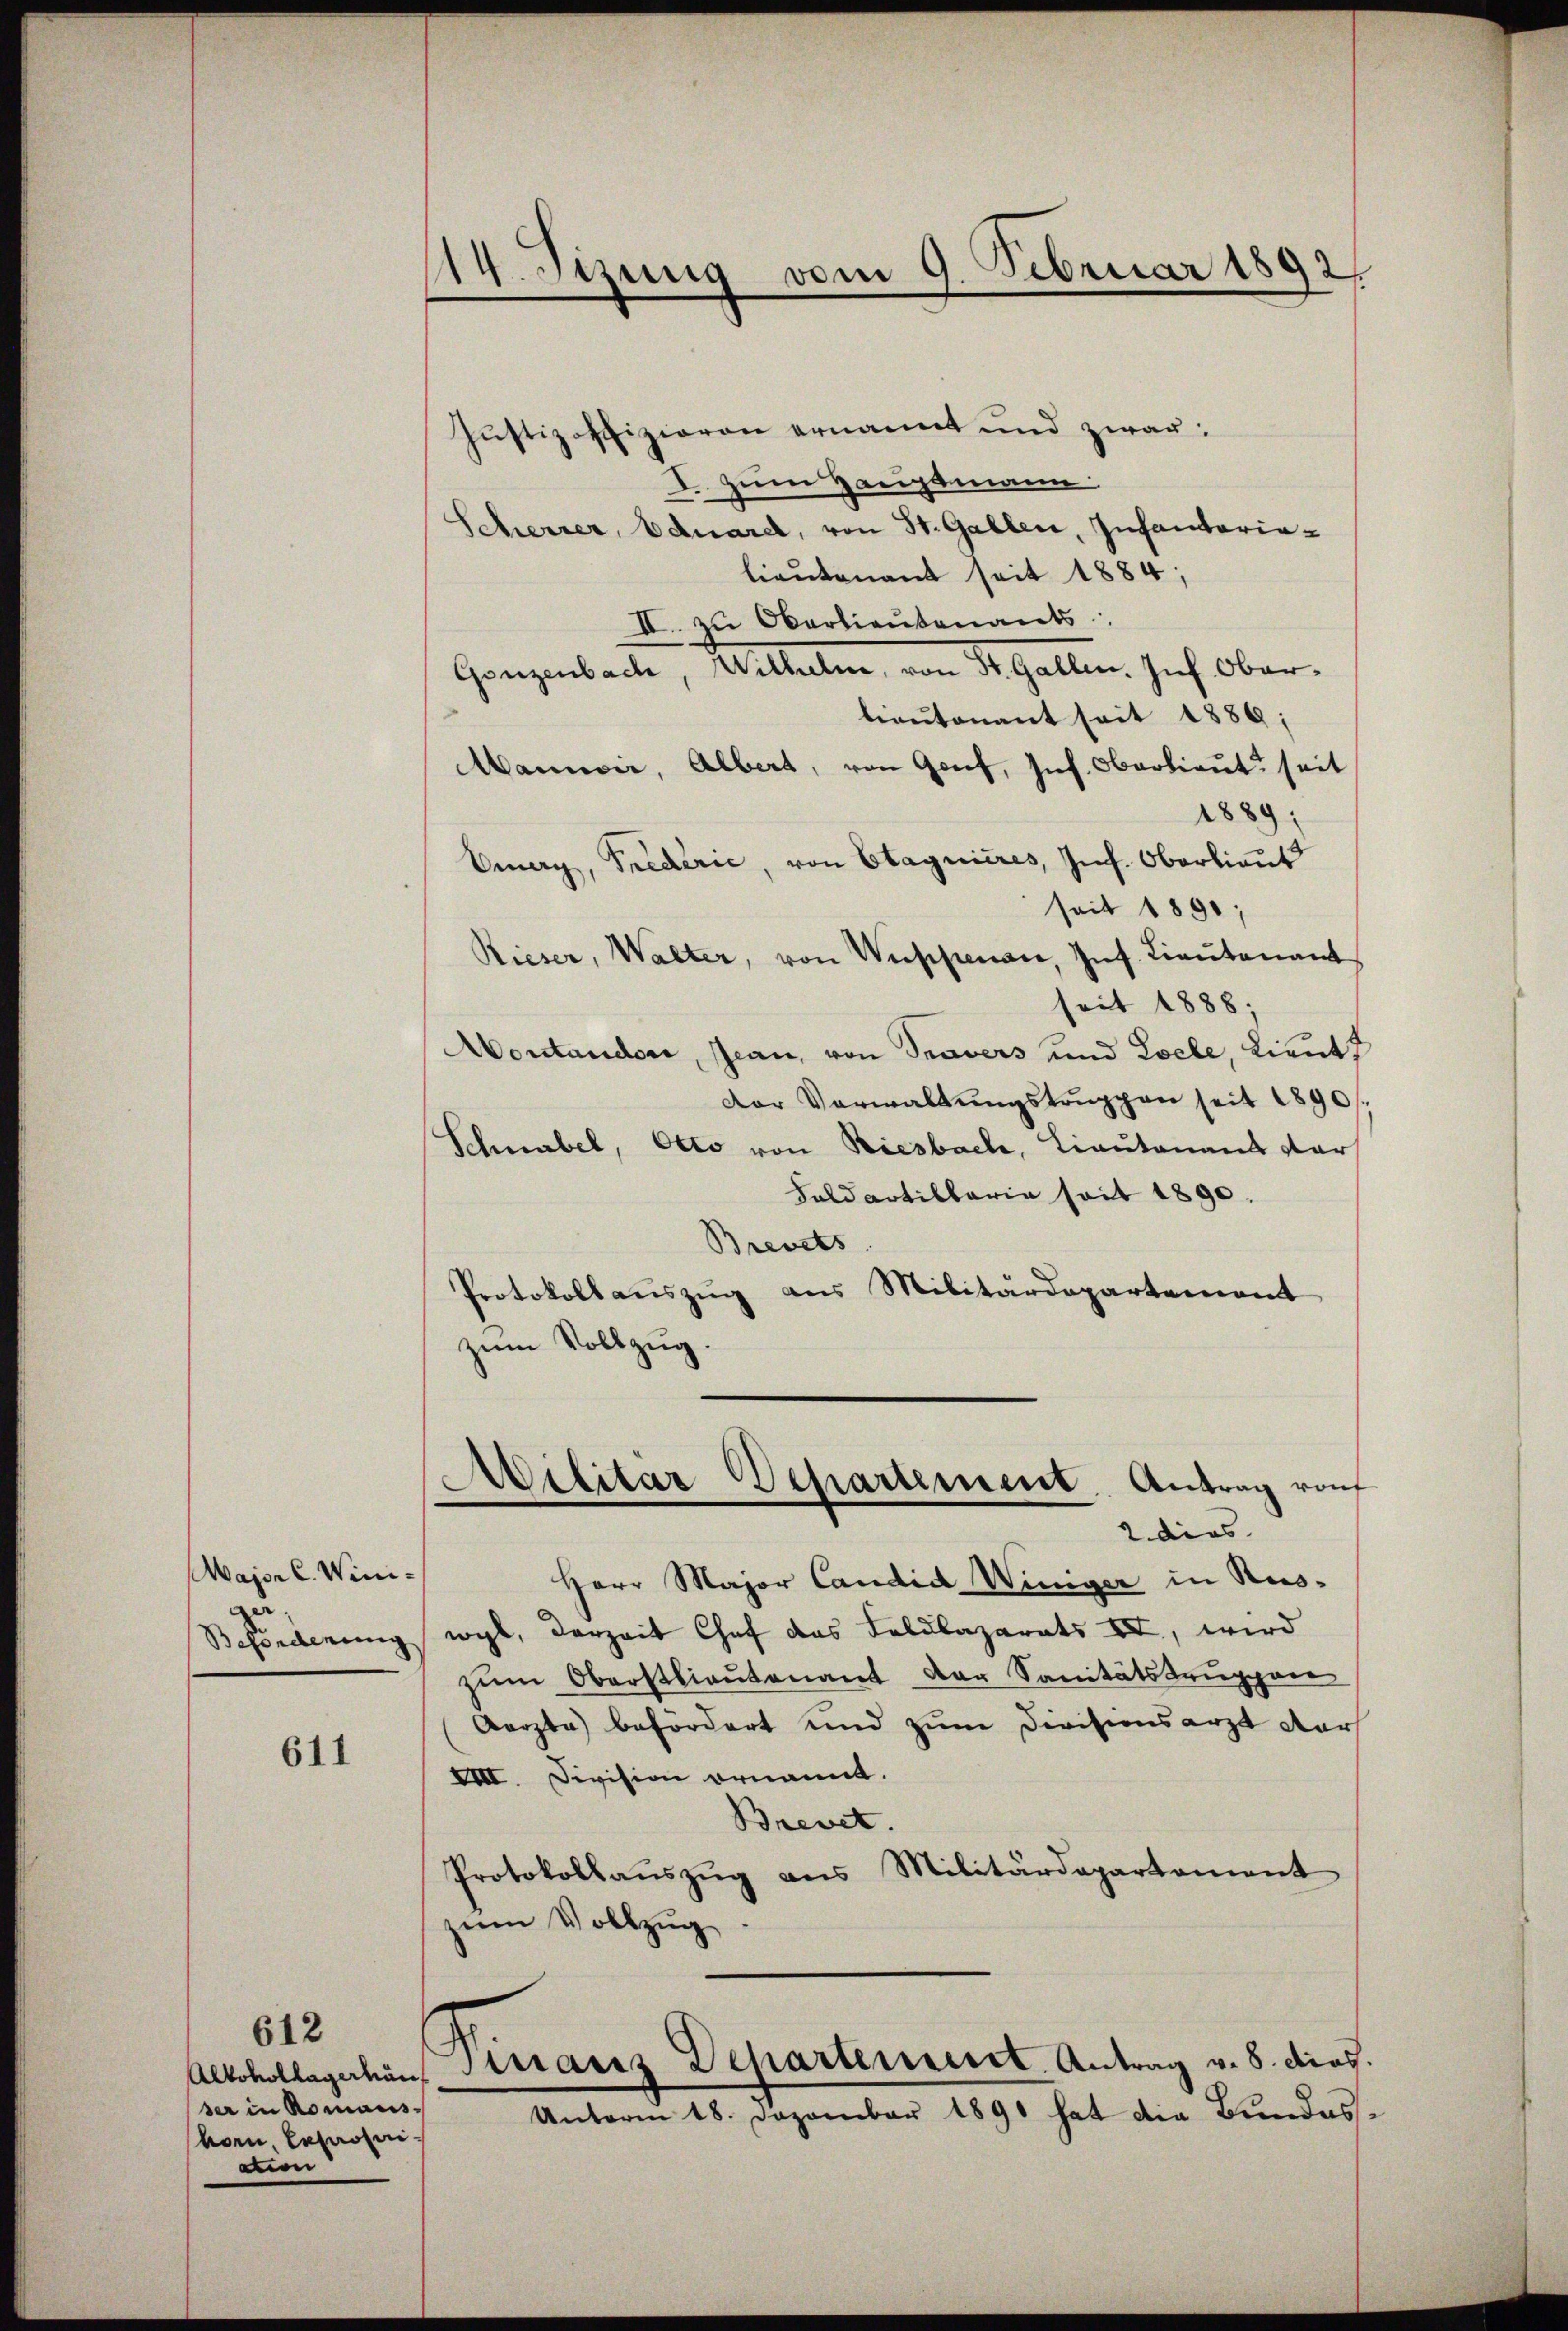
Major C. Winie

611

612
ser in Romans
von, lehnoniation

114. Sizung vom 9. Februar 1892,

Justizoffizieren ernannt und zwar:
I. zum Hauptmann:
Schreizer, Eduard, von St. Gallen, Infantarialieutenant seit 1884;
II. zu Dortientenants
Gonzenbach, Wilhelm, von St. Gallen. Inf Oberlieutenant seit 1886;
Manusić, Albert, von Genf, sich. Oberlieut seit
1889;
Omary, Predirić, von Etagnieres, Jnf. Oberlieut
seit 1890;
Rieser, Walter, von Wappenan, Inf. Lieutenant
seit 1888;
Montandere, Jean, von Travers und Loele, Lieut
dor Verwaltŭngstruppen seit 1890.
Schnabel, Otto von Riesbach, Lieutenant dar
Faldartillaria seit 1890.
Brevets
Protokollauszug aus Militärdepartement
zum Vollzug.

ilitar Departement. Antrag rauf
2 dies

Herr Major Candid Winiger in Rus¬
Besonderung wohl, derzeit Chef das Feldlazarets II, wird
zum Oberstlieutenant der Sanitätstruppare
Aerzte befördert und zum Divisionsarzt dars
VIII. Division ornannt.
Brevet.
Protokollaŭszŭg ans Militärdepartement
zum Vollzug
Alkohollegalen Straerz Departenseret. Antrag v. 8. dies.
Unterm 18. Dezember 1890 hat die Bundes¬